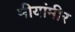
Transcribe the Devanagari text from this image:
मीयांमीर